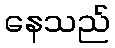
နေသည်